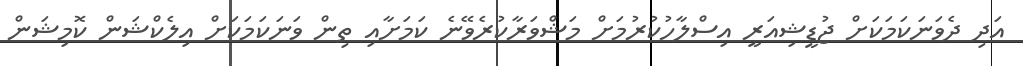
އަދި ދެވަނަކަމަކަށް ޖުޑީޝިއަރީ އިސްލާހުކުުރުމަށް މަޝްވަރާކުރެވޭނެ ކަމަށާއި ތިން ވަަނަކަމަކަށް އިލެކްޝަން ކޮމިޝަން